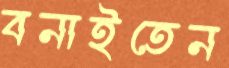
বনাইতেন